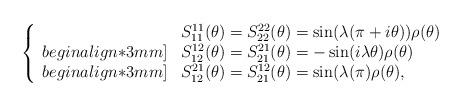
LaTeX: \begin{align*}\left \{\begin{array}{ll}& S_{1 1}^{1 1}(\theta) = S_{2 2}^{2 2}(\theta) = \sin (\lambda(\pi + i\theta)) \rho(\theta) \\begin{align*}3mm]& S_{1 2}^{1 2}(\theta) = S_{2 1}^{2 1}(\theta) = -\sin (i \lambda \theta ) \rho(\theta) \\begin{align*}3mm]& S_{1 2}^{2 1}(\theta) = S_{2 1}^{1 2}(\theta) = \sin (\lambda(\pi ) \rho(\theta), \end{array}\right.\end{align*}